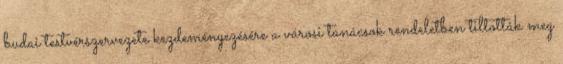
budai testvérszervezete kezdeményezésére a városi tanácsok rendeletben tiltották meg